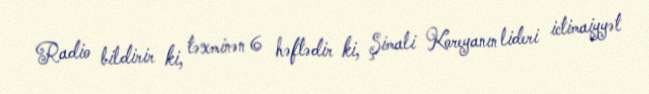
Radio bildirir ki, təxminən 6 həftədir ki, Şimali Koreyanın lideri ictimaiyyət